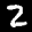
Label: 2